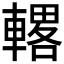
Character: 𫏾